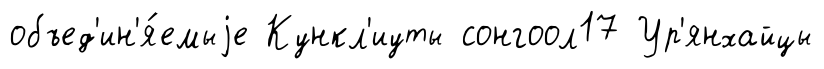
объед'ин'я́емыjе Кункл'иуты сонгоол17 Ур'янхайцы